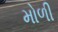
મોળી